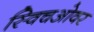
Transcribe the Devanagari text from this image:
स्विचओवर